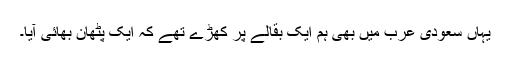
یہاں سعودی عرب میں بھی ہم ایک بقالے پر کھڑے تھے کہ ایک پٹھان بھائی آیا۔